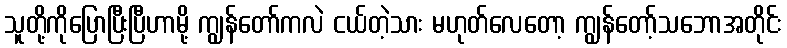
သူတို့ကိုပြောပြီးပြီဟာမို့ ကျွန်တော်ကလဲ ငယ်တဲ့သား မဟုတ်လေတော့ ကျွန်တော့်သဘောအတိုင်း